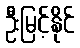
ဦးမြင့်နိုင်